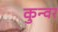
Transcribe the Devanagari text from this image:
कुन्वर